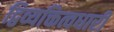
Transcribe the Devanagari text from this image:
द्विव्यक्तित्वधारी